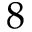
8